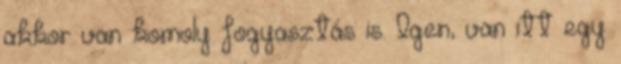
akkor van komoly fogyasztás is. Igen, van itt egy